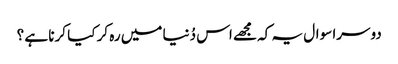
دوسرا سوال یہ کہ مجھے اس دُنیا میں رہ کر کیا کرنا ہے ؟